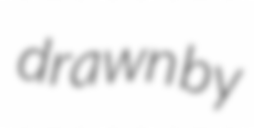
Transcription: drawn by